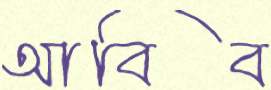
আবিব